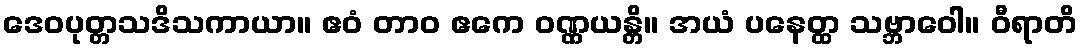
ဒေဝပုတ္တသဒိသကာယာ။ ဧဝံ တာဝ ဧကေ ဝဏ္ဏယန္တိ။ အယံ ပနေတ္ထ သဗ္ဘာဝေါ။ ဝီရာတိ